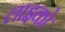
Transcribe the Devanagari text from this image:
लाइको